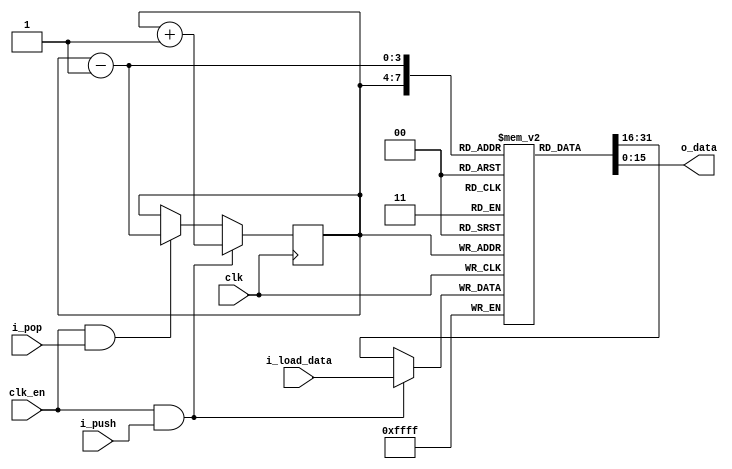
`default_nettype none

// This stack does not support simultaneous pushing and popping

module Stack #(
  parameter STACK_WIDTH = 16,
  parameter STACK_DEPTH = 16
) (
  input wire clk,
  input wire clk_en,
  input wire i_push,
  input wire i_pop,
  input wire  [STACK_WIDTH-1:0] i_load_data,
  output wire [STACK_WIDTH-1:0] o_data
);

  localparam SP_W = $clog2(STACK_DEPTH);
  reg [STACK_WIDTH-1:0] stack [0:STACK_DEPTH-1];

  reg [SP_W-1:0] sp;
  initial begin
    sp = {SP_W{1'b0}};
  end

  always @(posedge clk) sp        <= clk_en & i_push ? sp + 1 : clk_en & i_pop ? sp - 1 : sp;
  always @(posedge clk) stack[sp] <= clk_en & i_push ? i_load_data : stack[sp];

  assign o_data = stack[sp-1];
endmodule